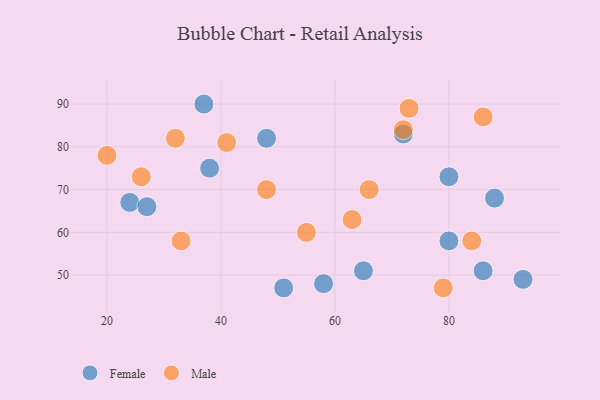
{"axis": {"x": "GDP", "y": "Life Expectancy"}, "legend": ["Female", "Male"], "data": [{"x": "80", "y": 58, "type": "Female"}, {"x": "51", "y": 47, "type": "Female"}, {"x": "88", "y": 68, "type": "Female"}, {"x": "24", "y": 67, "type": "Female"}, {"x": "48", "y": 82, "type": "Female"}, {"x": "93", "y": 49, "type": "Female"}, {"x": "58", "y": 48, "type": "Female"}, {"x": "86", "y": 51, "type": "Female"}, {"x": "38", "y": 75, "type": "Female"}, {"x": "37", "y": 90, "type": "Female"}, {"x": "72", "y": 83, "type": "Female"}, {"x": "65", "y": 51, "type": "Female"}, {"x": "27", "y": 66, "type": "Female"}, {"x": "80", "y": 73, "type": "Female"}, {"x": "66", "y": 70, "type": "Male"}, {"x": "48", "y": 70, "type": "Male"}, {"x": "26", "y": 73, "type": "Male"}, {"x": "33", "y": 58, "type": "Male"}, {"x": "55", "y": 60, "type": "Male"}, {"x": "79", "y": 47, "type": "Male"}, {"x": "41", "y": 81, "type": "Male"}, {"x": "86", "y": 87, "type": "Male"}, {"x": "63", "y": 63, "type": "Male"}, {"x": "84", "y": 58, "type": "Male"}, {"x": "20", "y": 78, "type": "Male"}, {"x": "72", "y": 84, "type": "Male"}, {"x": "73", "y": 89, "type": "Male"}, {"x": "32", "y": 82, "type": "Male"}]}